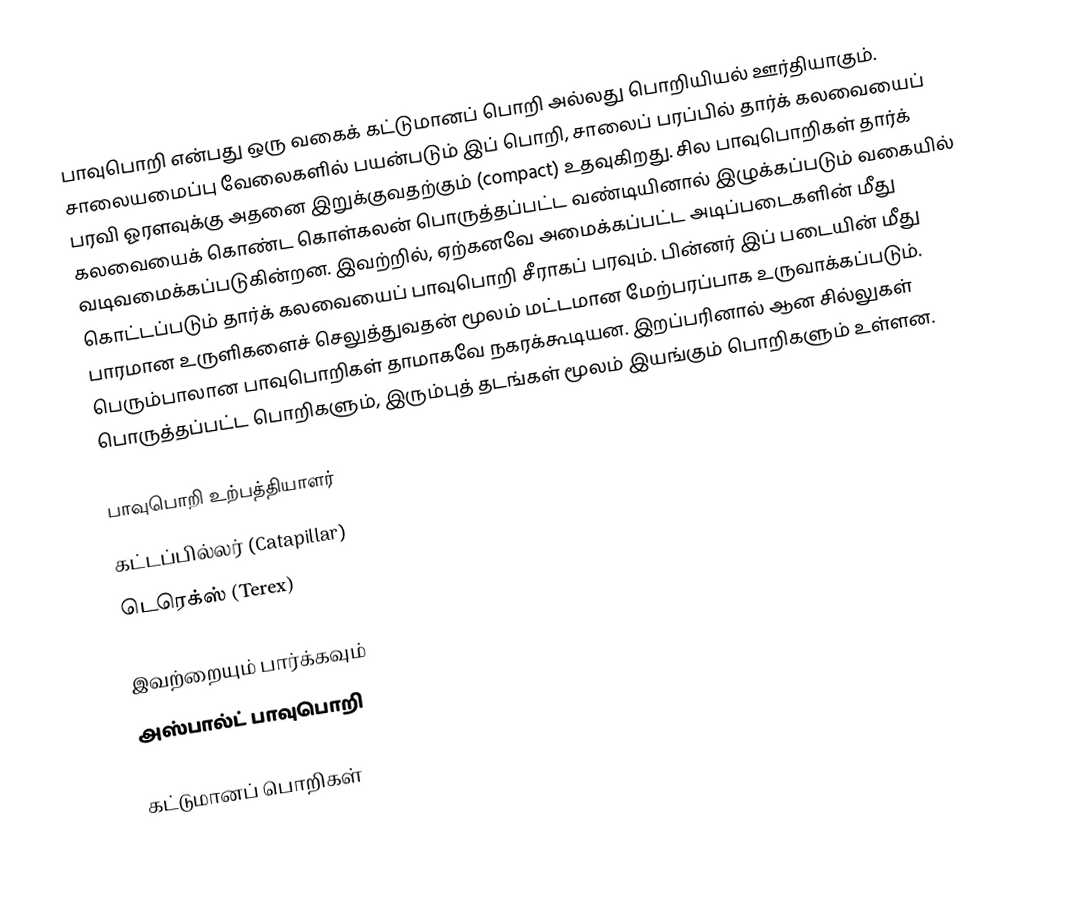
பாவுபொறி என்பது ஒரு வகைக் கட்டுமானப் பொறி அல்லது பொறியியல் ஊர்தியாகும். சாலையமைப்பு வேலைகளில் பயன்படும் இப் பொறி, சாலைப் பரப்பில் தார்க் கலவையைப் பரவி ஓரளவுக்கு அதனை இறுக்குவதற்கும் (compact) உதவுகிறது. சில பாவுபொறிகள் தார்க் கலவையைக் கொண்ட கொள்கலன் பொருத்தப்பட்ட வண்டியினால் இழுக்கப்படும் வகையில் வடிவமைக்கப்படுகின்றன. இவற்றில், ஏற்கனவே அமைக்கப்பட்ட அடிப்படைகளின் மீது கொட்டப்படும் தார்க் கலவையைப் பாவுபொறி சீராகப் பரவும். பின்னர் இப் படையின் மீது பாரமான உருளிகளைச் செலுத்துவதன் மூலம் மட்டமான மேற்பரப்பாக உருவாக்கப்படும். பெரும்பாலான பாவுபொறிகள் தாமாகவே நகரக்கூடியன. இறப்பரினால் ஆன சில்லுகள் பொருத்தப்பட்ட பொறிகளும், இரும்புத் தடங்கள் மூலம் இயங்கும் பொறிகளும் உள்ளன.

பாவுபொறி உற்பத்தியாளர்
 கட்டப்பில்லர் (Catapillar)
 டெரெக்ஸ் (Terex)

இவற்றையும் பார்க்கவும்
 அஸ்பால்ட் பாவுபொறி

கட்டுமானப் பொறிகள்